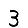
Digit: 3